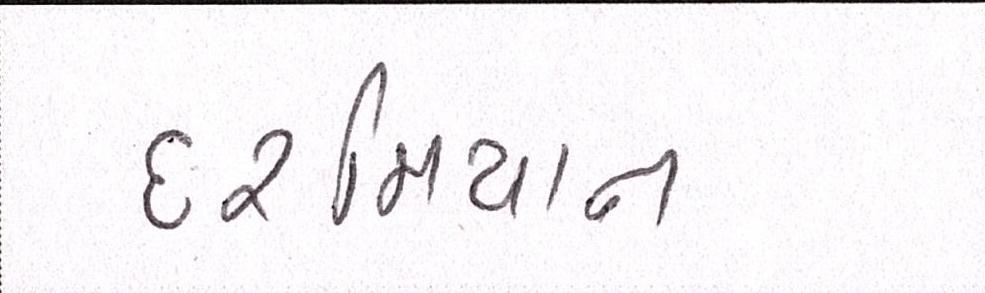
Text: દરમિયાન